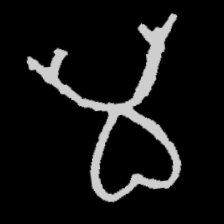
Pyu character \u2014 Myanmar letter: မ (romanized: ma)